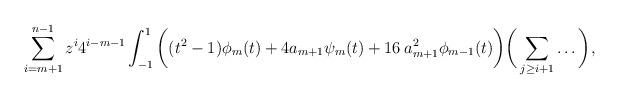
LaTeX: \begin{align*}\sum_{i=m+1}^{n-1} z^{i} 4^{i-m-1} \int_{-1}^1 \bigg((t^2-1)\phi_m(t)+4a_{m+1} \psi_m(t)+16\: a_{m+1}^2 \phi_{m-1}(t)\bigg)\bigg(\sum_{j\geq i+1} \ldots\bigg),\end{align*}